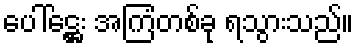
ပေါ်ဋ္ဌေး အကြံတစ်ခု ရသွားသည်။